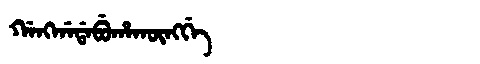
Manchu: ᡤᠠᠩᡤᠠᡩᠠᠪᡠᡥᠠᡴᡡᠩᡤᡝ
Romanization: GANGGADABUHAKŪNGGE